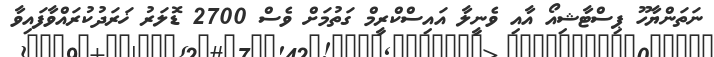
ނަތަންޔާހޫ ޕިސްޓާޝިއޯ އާއި ވެނީލާ އައިސްކްރީމް ގަތުމަށް ވެސް 2700 ޑޮލަރު ޚަރަދުކުރައްވާފައިވާ